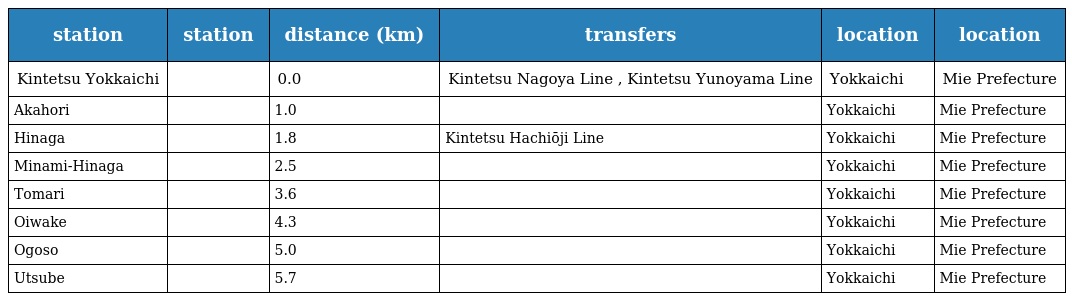
| station | station | distance (km) | transfers | location | location |
 | --- | --- | --- | --- | --- | --- |
 | Kintetsu Yokkaichi | 近鉄四日市 | 0.0 | Kintetsu Nagoya Line , Kintetsu Yunoyama Line | Yokkaichi | Mie Prefecture |
 | Akahori | 赤堀 | 1.0 |  | Yokkaichi | Mie Prefecture |
 | Hinaga | 日永 | 1.8 | Kintetsu Hachiōji Line | Yokkaichi | Mie Prefecture |
 | Minami-Hinaga | 南日永 | 2.5 |  | Yokkaichi | Mie Prefecture |
 | Tomari | 泊 | 3.6 |  | Yokkaichi | Mie Prefecture |
 | Oiwake | 追分 | 4.3 |  | Yokkaichi | Mie Prefecture |
 | Ogoso | 小古曽 | 5.0 |  | Yokkaichi | Mie Prefecture |
 | Utsube | 内部 | 5.7 |  | Yokkaichi | Mie Prefecture |